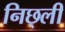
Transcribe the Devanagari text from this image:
निछ्ली